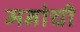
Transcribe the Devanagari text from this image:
मनांची